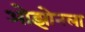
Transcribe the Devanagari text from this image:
ओझोनला